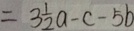
= 3 \frac { 1 } { 2 } a - c - 5 b